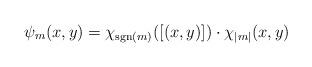
LaTeX: \begin{align*}\psi_{m}(x,y)=\chi_{\mathrm{sgn}(m)}([(x,y)])\cdot \chi_{|m|}(x,y)\end{align*}